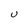
Character: U